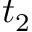
t _ { 2 }